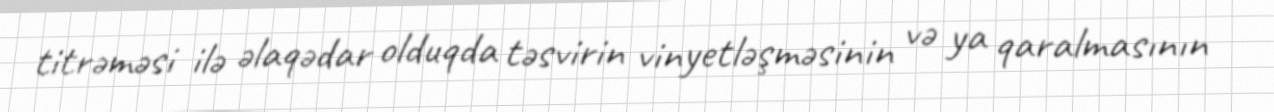
titrəməsi ilə əlaqədar olduqda təsvirin vinyetləşməsinin və ya qaralmasının